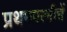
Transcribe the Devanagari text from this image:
प्रथमपत्नीचें